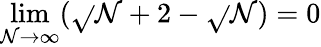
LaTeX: \lim\limits_{\mathcal{N}\rightarrow\infty}(\sqrt{}{{\mathcal{N}+2}}-\sqrt{}{{\mathcal{N}}})=0